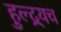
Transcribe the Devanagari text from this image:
हुल्द्र्यच